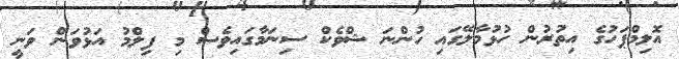
އޮލިމްޕަހުގެ އިތުރުން ހުޅުމާލޭގައި ހުންނަ ޝްވެކް ސިނަމާގައިވެސް މި ފިލްމު އަޅުވަން ވަނީ